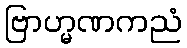
ဗြာဟ္မဏကညံ